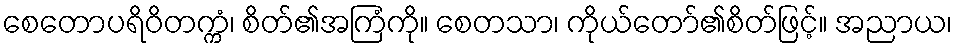
စေတောပရိဝိတက္ကံ၊ စိတ်၏အကြံကို။ စေတသာ၊ ကိုယ်တော်၏စိတ်ဖြင့်။ အညာယ၊